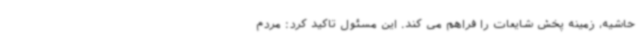
حاشیه، زمینه پخش شایعات را فراهم می کند. این مسئول تاکید کرد: مردم